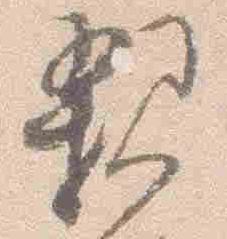
親